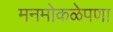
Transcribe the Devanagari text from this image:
मनमोकळेपणा